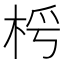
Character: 𣑂